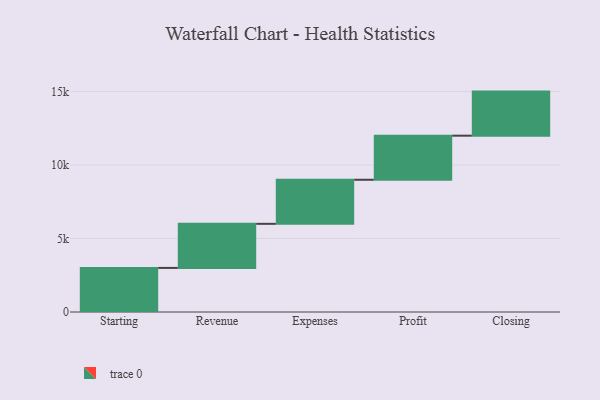
{"axis": {"x": "Step", "y": "Value"}, "legend": [""], "data": [{"x": "Starting", "y": 3000, "type": ""}, {"x": "Revenue", "y": 3000, "type": ""}, {"x": "Expenses", "y": 3000, "type": ""}, {"x": "Profit", "y": 3000, "type": ""}, {"x": "Closing", "y": 3000, "type": ""}]}